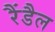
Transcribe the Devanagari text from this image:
रैंडैल